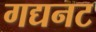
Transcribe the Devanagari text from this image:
गद्यनट